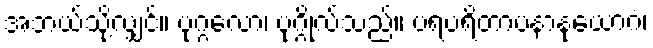
အဘယ်သို့လျှင်။ ပုဂ္ဂလော၊ ပုဂ္ဂိုလ်သည်။ ပရပရိတာပနာနုယောဂံ၊